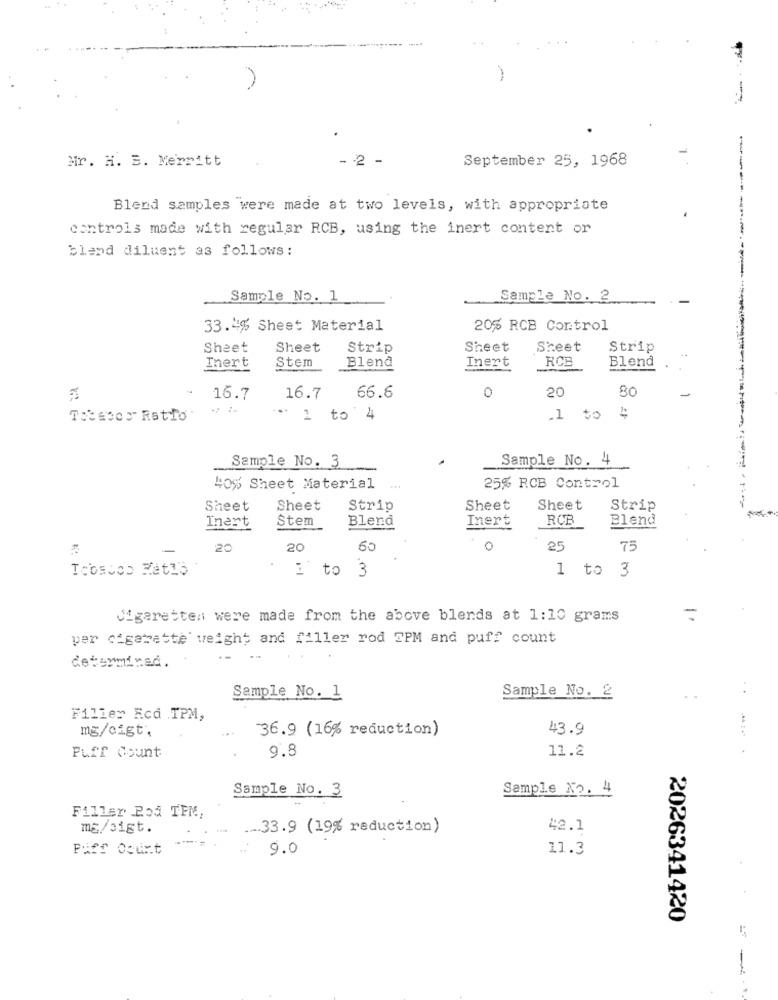
-
Mr. H. B. Merritt
- - 2 -
September 25, 1968
Blend samples were made at two levels, with appropriate
controls made with regular RCB, using the inert content or
bland diluent as follows :
Sample No. 1
Sample No. 2
-
33.4% Sheet Material
20% RCB Control
Sheet
Sheet
Strip
Sheet
Sheet
Strip
RCB
Blend
Inert
Stem
Blend
Inert
66.6
0
20
80
16.7
16.7
Tocsoos" Ratio
· 1 to 4
.1 to 4
Sample No. 3
Sample No. 4
40% Sheet Material
25% RCB Control
Sheet
Sheet
Strip
Sheet
Sheet
Strip
Stem
Inert
RCB
Blend
Inert
Blend
-
20
20
60
0
25
75
1 to 3
. 1 to 3
Cigaretten were made from the above blends at 1:10 grams
=
per cigarette weight and filler rod TPM and puff count
determined.
Sample No. 1
Sample No. 2
Filier Rcd TPM,
36.9 (16% reduction)
43.9
mg/cigt.
9.8
11.2
Puff Count
Sample No. 3
Sample No. 4
Filler Pod TPM,
mg/sigt.
... 33.9 (19% reduction)
42.1
Puff Count
9.0
11.3
2026341420
- --